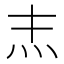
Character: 𤆖